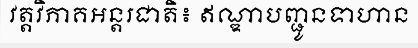
វត្តវិភាគអន្តរជាតិ៖ ឥណ្ឌាបញ្ជូនទាហាន